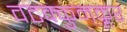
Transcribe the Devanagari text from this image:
वटक्कुमकूर